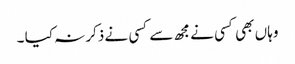
وہا ں بھی کسی نے مجھ سے کسی نے ذکر نہ کیا ۔